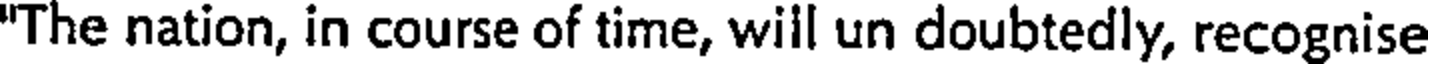
"The nation, in course of time, will un doubtedly, recognise